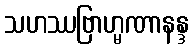
သဟဿဗြာဟ္မဏာနန္ဒ